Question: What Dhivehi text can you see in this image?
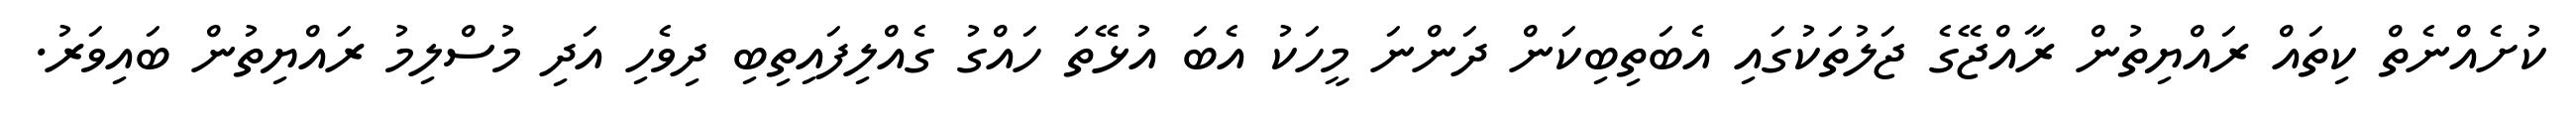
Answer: ކުށެއްނެތް ކިތައް ރައްޔިތުން ރާއްޖޭގެ ޖަލުތަކުގައި އެބަތިބިކަން ދަންނަ މީހަކު އެބަ އުޅޭތަ ހައްގު ގެއްލިފައިތިބި ދިވެހި އަދި މުސްލިމު ރައްޔިތުން ބައިވަރު.